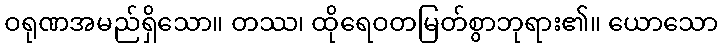
ဝရုဏအမည်ရှိသော။ တဿ၊ ထိုရေဝတမြတ်စွာဘုရား၏။ ယောသော